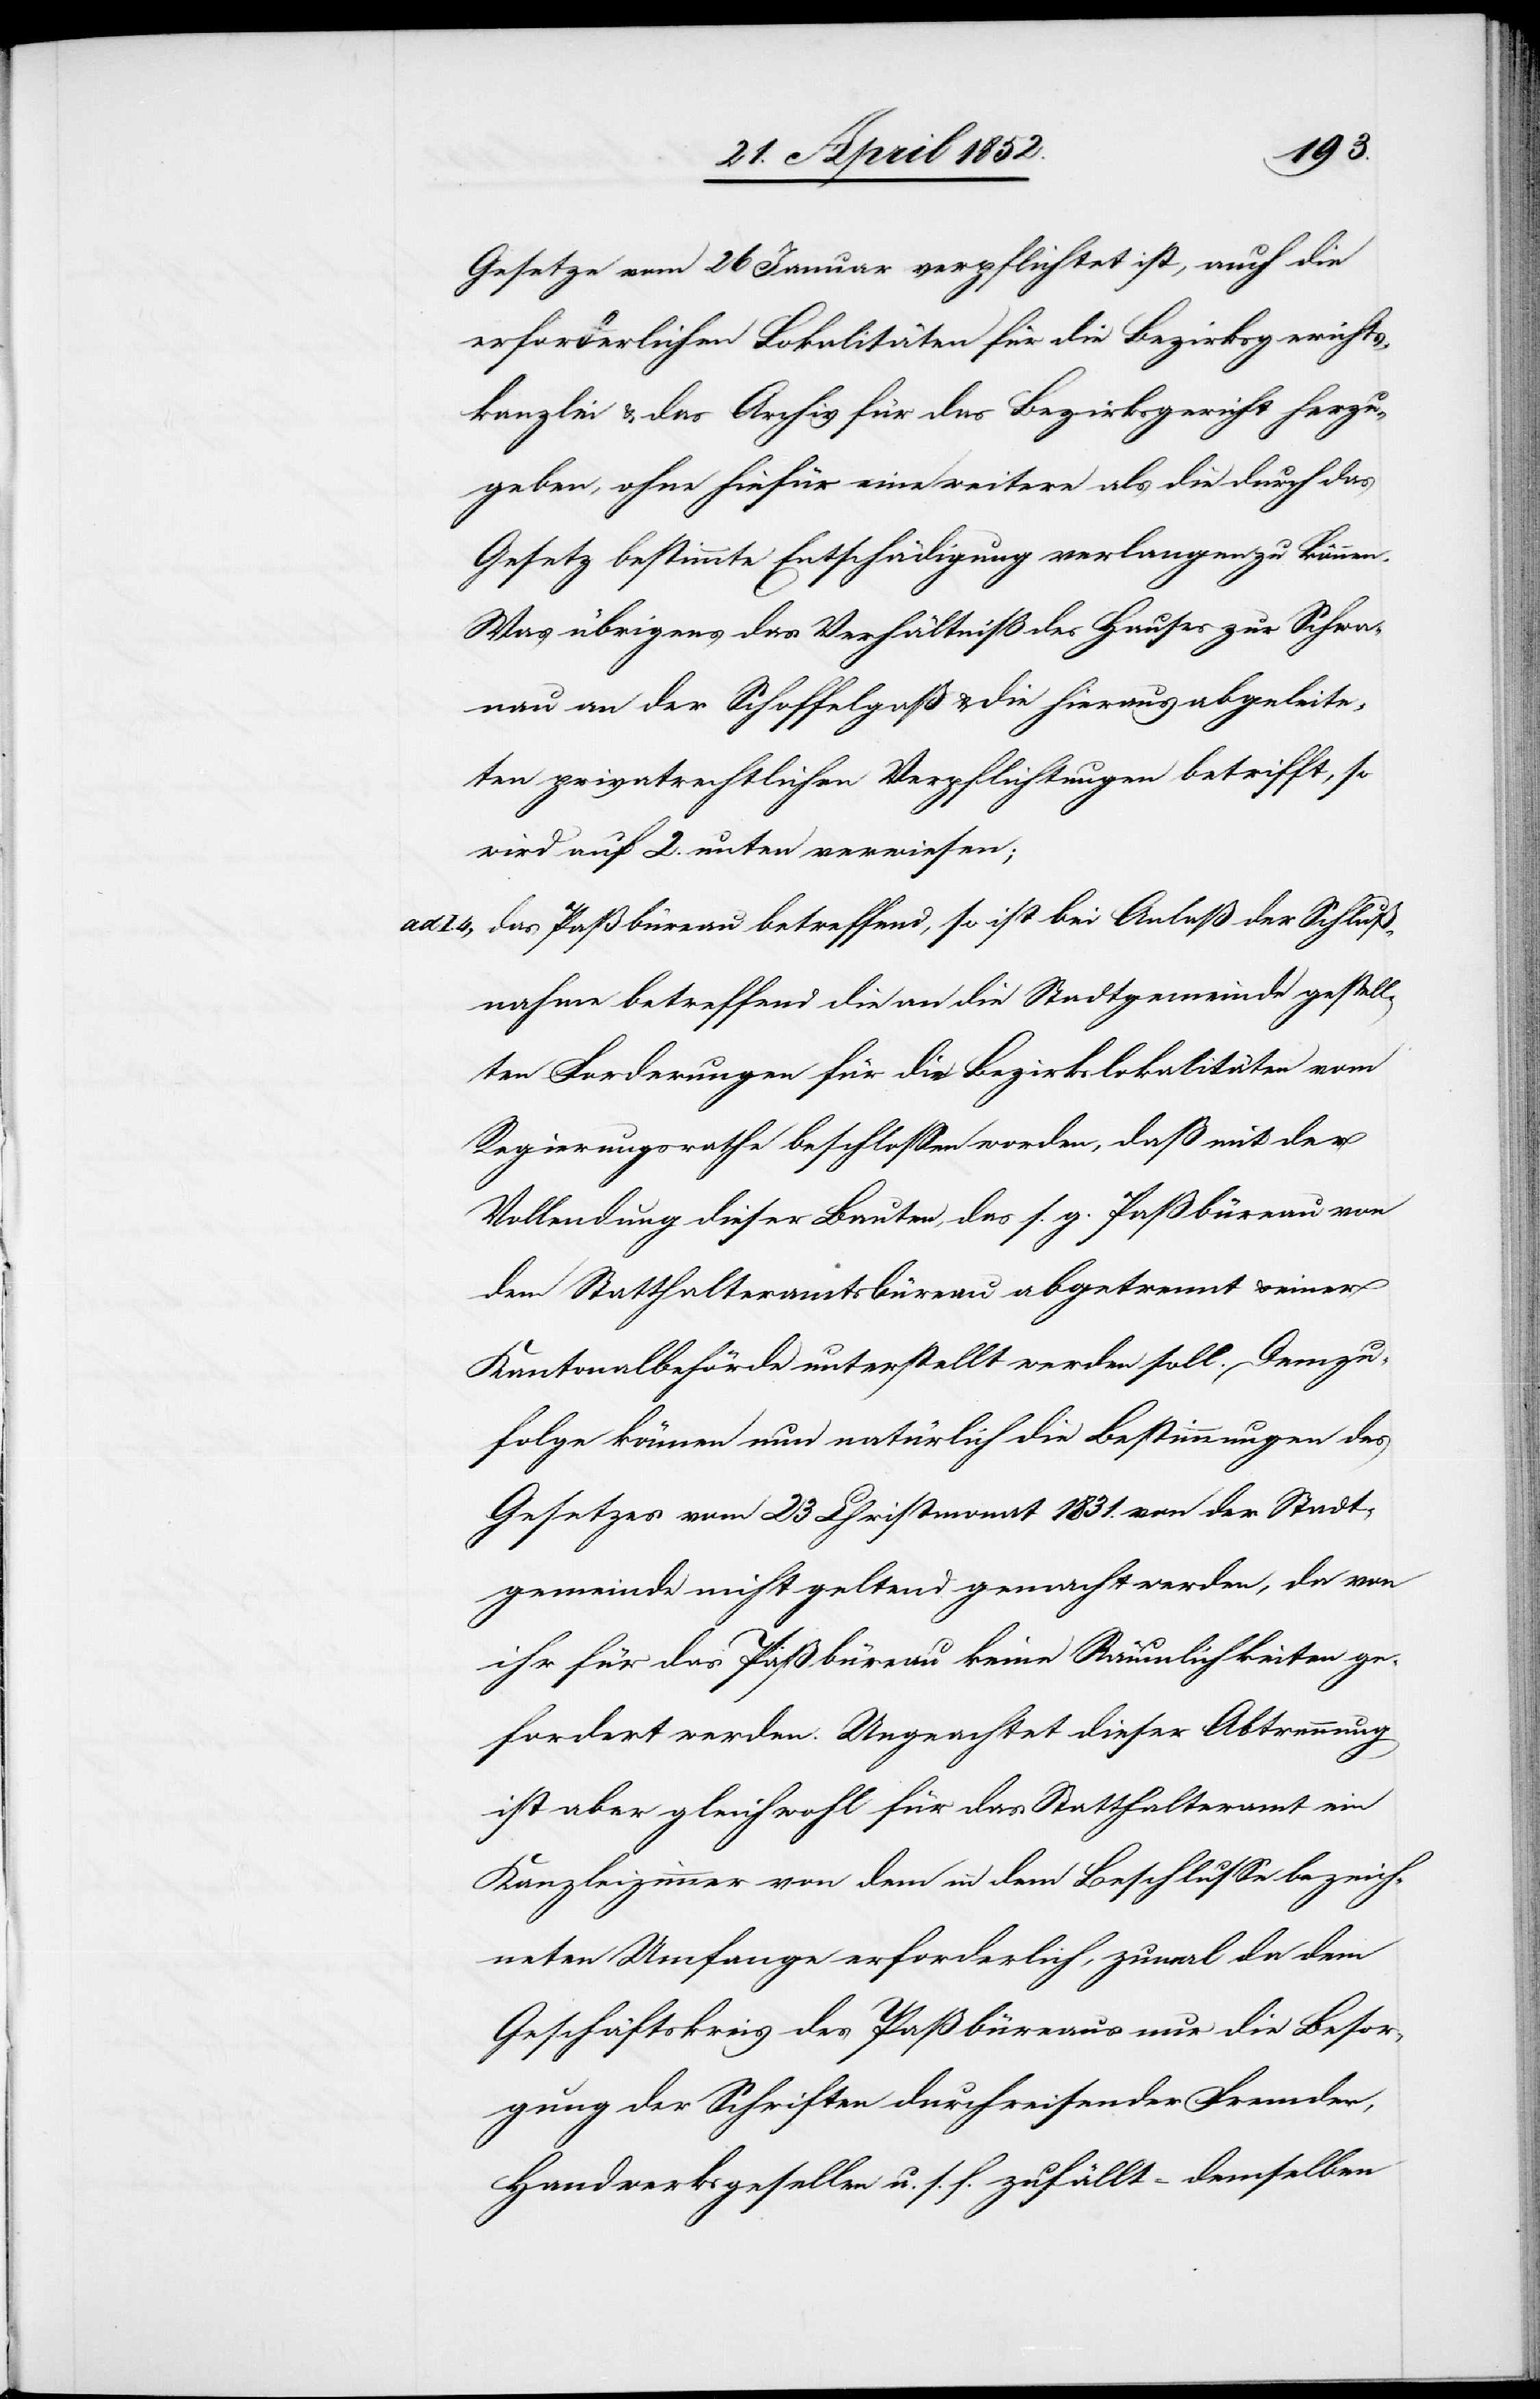
Gesetze vom 26 Januar verpflichtet ist, auch die
erforderlichen Lokalitäten für die Bezirksgerichts¬
kanzlei & das Archiv für das Bezirksgericht herzu¬
geben, ohne hiefür eine weitere als die durch das
Gesetz bestimmte Entschädigung verlangen zu können.
Was übrigens das Verhältniß des Hauses zur Schwa¬
nau an der Schoffelgaß & die hieraus abgeleite¬
ten privatrechtlichen Verpflichtungen betrifft, so
wird auf 2. unten verwiesen;
das Paßbüreau betreffend, so ist bei Anlaß der Schluß¬
nahme betreffend die an die Stadtgemeinde gestell¬
ten Forderungen für die Bezirkslokalitäten vom
Regierungsrathe beschlossen worden, daß mit der
Vollendung dieser Bauten, das s. g. Paßbüreau von
dem Statthalteramtsbüreau abgetrennt & einer
Kantonalbehörde unterstellt werden soll. Demzu¬
folge können nun natürlich die Bestimmungen des
Gesetzes vom 23 Christmonat 1831. von der Stadt¬
gemeinde nicht geltend gemacht werden, da von
ihr für das Paßbüreau keine Räumlichkeiten ge¬
fordert werden. Ungeachtet dieser Abtrennung
ist aber gleichwohl für das Statthalteramt ein
Kanzleizimmer von dem in dem Beschlusse bezeich¬
neten Umfange erforderlich, zumal da dem
Geschäftskreis des Paßbüreaus nur die Besor¬
gung der Schriften durchreisender Fremder,
Handwerksgesellen u. s. f. zufällt – demselben